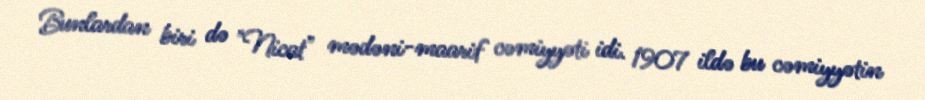
Bunlardan biri də "Nicat" mədəni-maarif cəmiyyəti idi. 1907 ildə bu cəmiyyətin